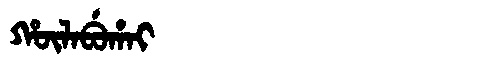
Manchu: ᡥᡡᠯᠠᠪᡠᡥᠠᡳ
Romanization: HŪLABUHAI